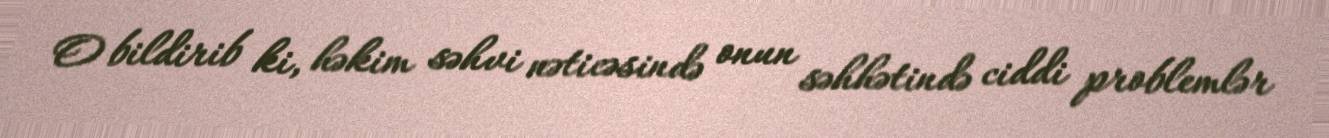
O bildirib ki, həkim səhvi nəticəsində onun səhhətində ciddi problemlər